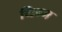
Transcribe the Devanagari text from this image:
थिम्म